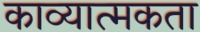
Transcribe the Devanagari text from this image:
काव्‍यात्‍मकता